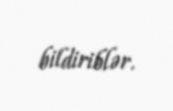
bildiriblər.